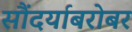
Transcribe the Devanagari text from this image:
सौंदर्याबरोबर